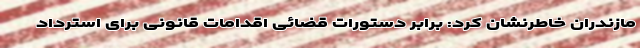
مازندران خاطرنشان کرد: برابر دستورات قضائی اقدامات قانونی برای استرداد